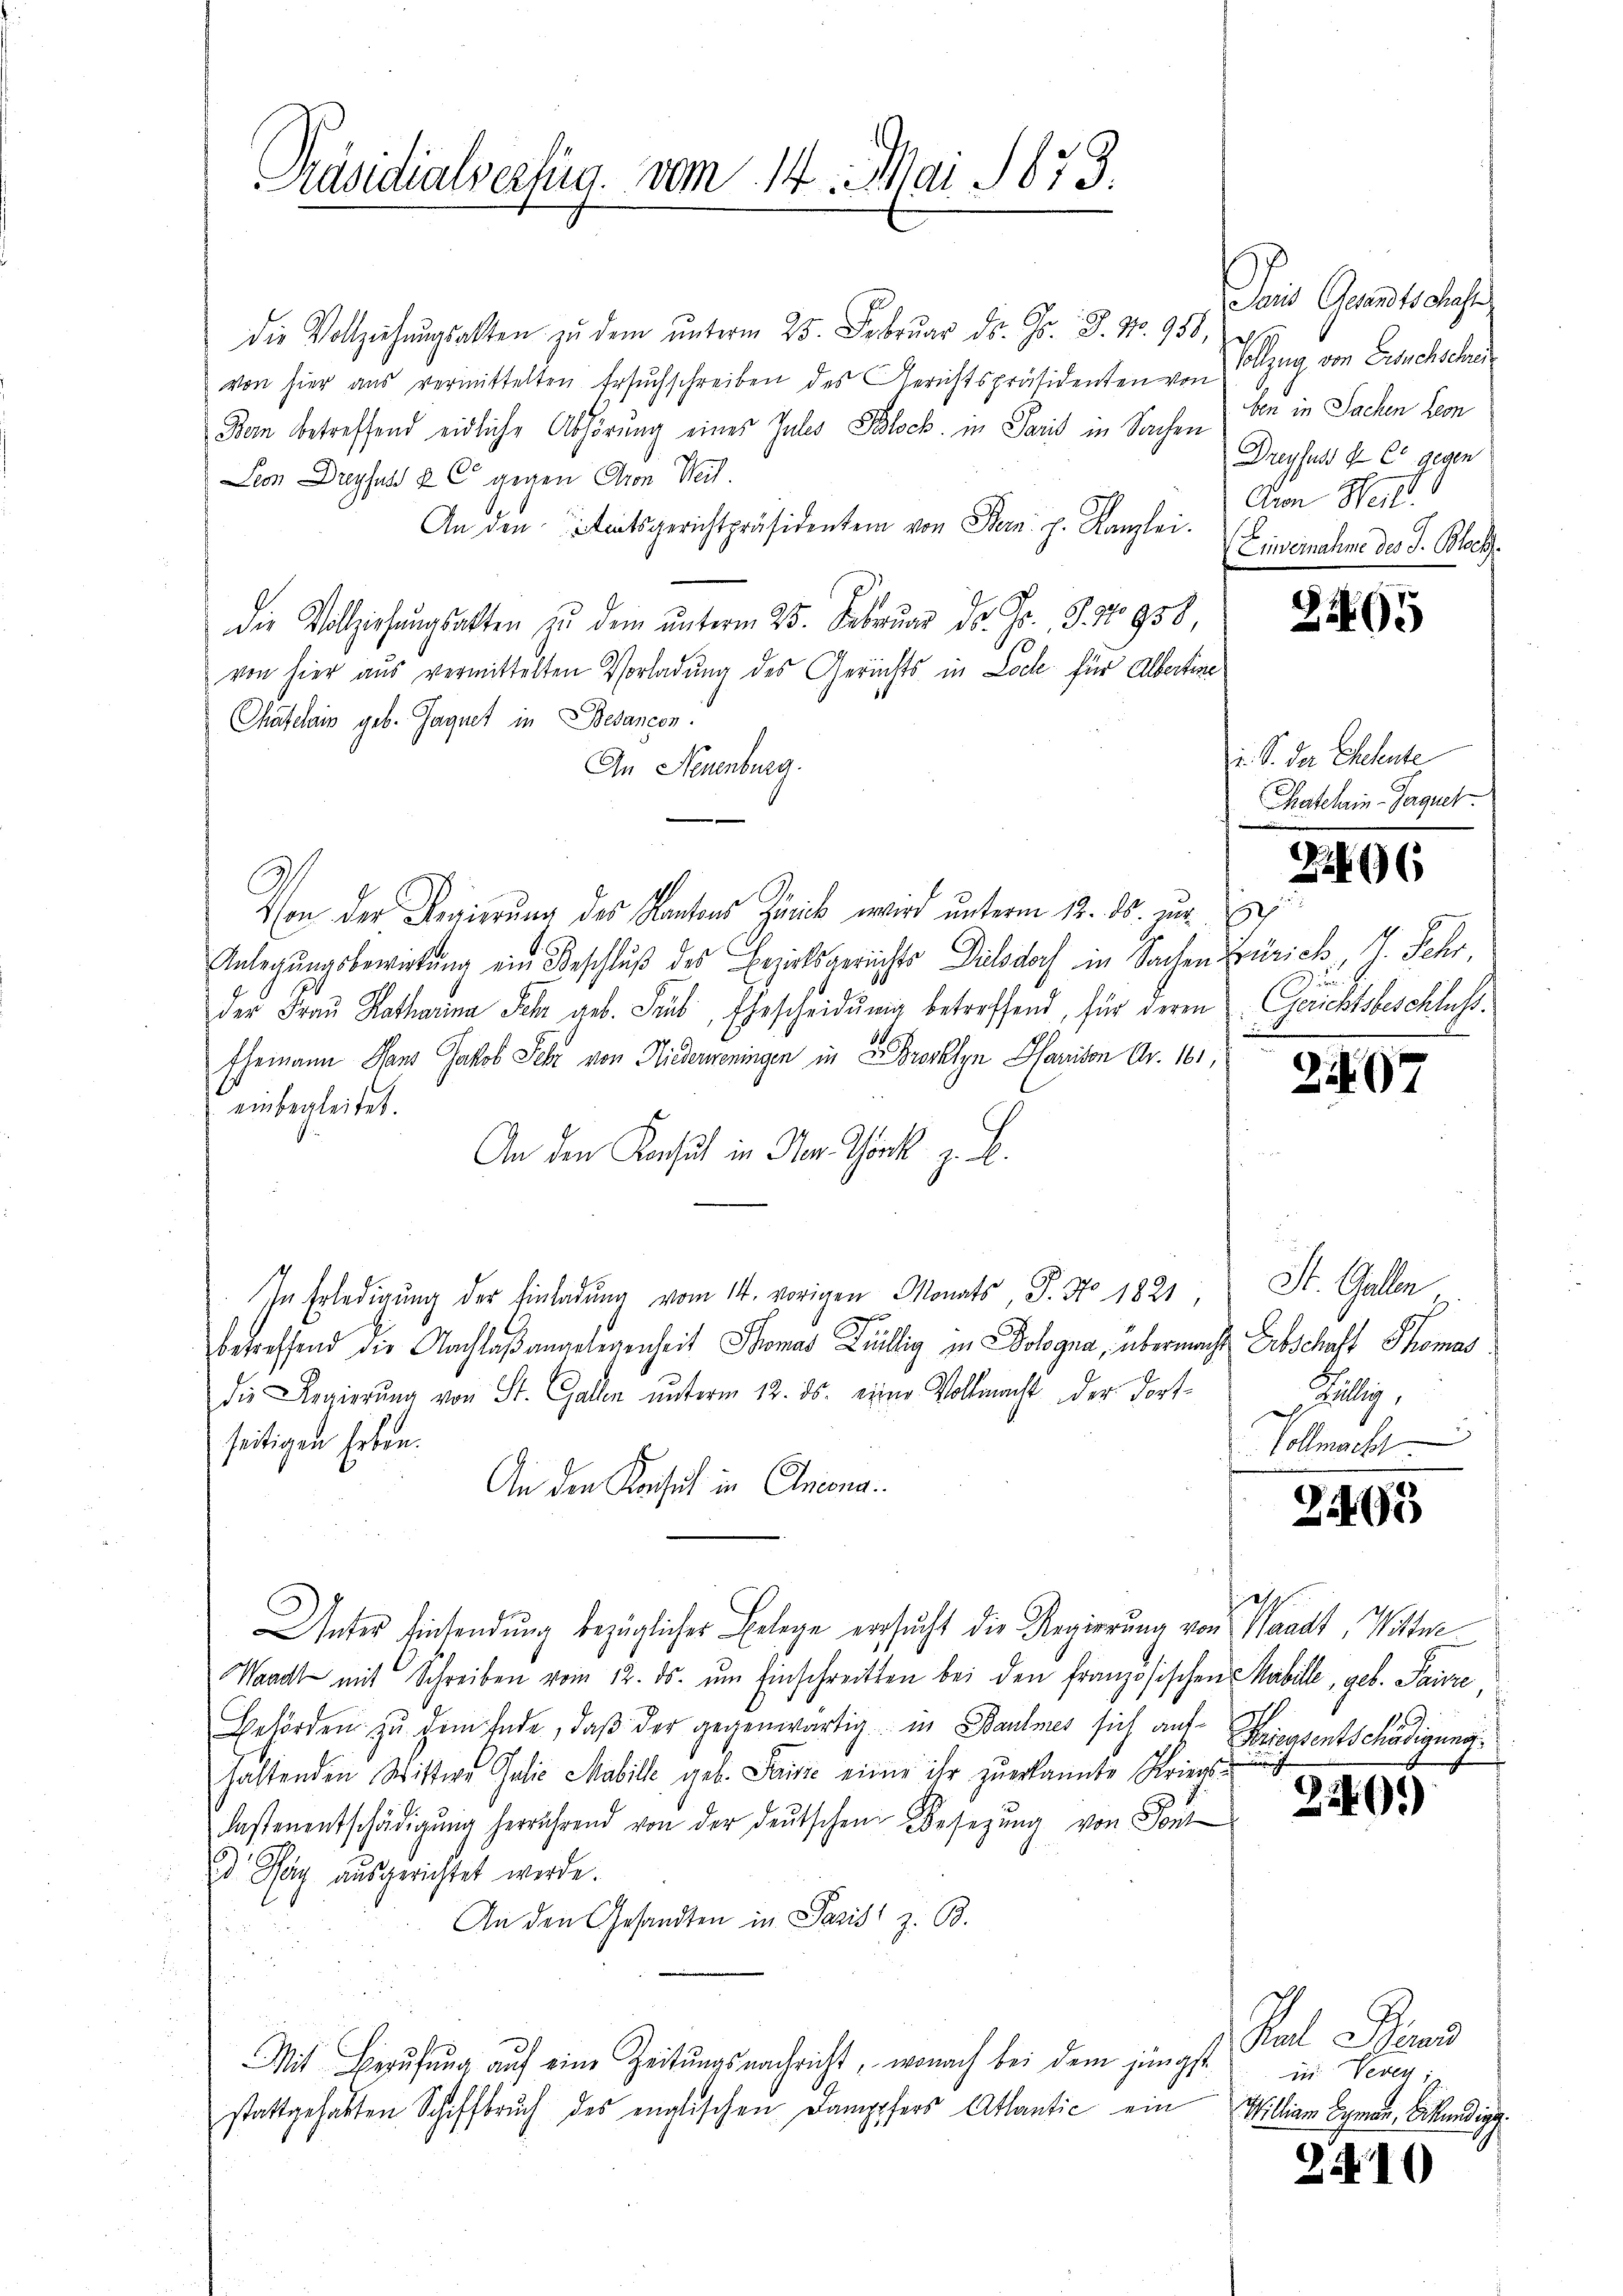
Präsidialvechig. vom 14. Mai 1873.

die Vollziehŭngsalten zŭ dem ŭnterm 25. Febrŭar d. Js. S. Nr. 956,
von hier aus vermittelten Ersuchschreiben des Gerichtspräsidenten von
Dem betreffend eidliche Abhörung eines Zules Block in Paris in Sachen
Dem Dreyfall u C gegen Aron Teil.
An den Seitsgerichtspräsidentem von Bern. J. Kanzlei.
die Vollziehŭngsakten zŭ dem ŭnterm 25. Febrŭar Dr. Fr. S. 3958, 2
von hier aus vermittelten Vorladung des Gerichts in Locke für Albertine
Chatelain geb. Gagnet in Besancen
An Neuenburg.
Von der Regierung des Kantons Hüni wird unterm 12. ds. zur
Anlegungsbewirkung ein Beschluß des Erzirksgerichts Dielsdorf in Sachen Zürich, 7. Fehr,
der Fraŭ Katharina Sehr geb. Trüb, Ehescheidung betreffend, für deren Gerichtsbeschluss.
Ehemann Hans Jakob Sehr von Niederweningen in 2 Brooklyn Pfandon Fr. 161,
einbegleitet.
An den Konsul in Mar. Thörk. z. B.
In Erledigung der Einladung vom 14. vorigen Monats, S. No. 1821, St. Gallen
betreffend die Nachlaßangelegenheit Thomas Juillig in Dologna, übermacht Erbschaft Thomas
die Regierŭng von St. Gallen ŭnterm 12. ds. einer Vollmacht der Fort-
seitigen Erben.
An den Konseit in Aniona
e
Unter Einsendung bezüglicher Belege versucht die Regierung von Waadt, Wittwe
Waadt mit Schreiben vom 12. ds. ŭm Einschreitten bei den französischen Mabile, geb. Paure
Behörden zŭ dem Ende, daβ der gegenwärtig in Baumes sich auf Kriegsentschädigung
haltenden Wittwe Galie Mabile geb. Parisie einer ihr zuerkannte Kriers-
lastenentschädigung herrührend von der deutschen Besegung von Soni¬
E Sey ausgerichtet werde.
An den Gesandten in Parist z. B.
s
Mit Berŭfŭng aŭf eine Zeitŭngsnachricht, wonach bei dem jüngst
stattgehabten Schiffbruch des englischen Dampfers Atlantić ein

Sois Grandts Profe
Vollzug von Entschschen
ben in Sachen Leon
Dreyfuss u. Er gegen
Coron Heil
Lieinahme des S. Blech

i. S. der Eheleute
Katharin Verguel

6

2407

Jully,
Vollmach

245

s

2149)

Pol Bund
in Veren;
Millian Byman, Sekundigg.

2.10